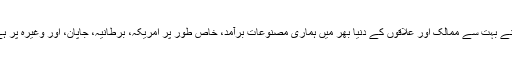
ہم نے بہت سے ممالک اور علاقوں کے دنیا بھر میں ہماری مصنوعات برآمد، خاص طور پر امریکہ، برطانیہ، جاپان، اور وغیرہ پر ہے ۔